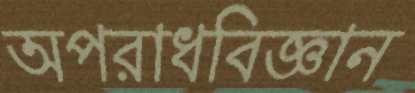
অপরাধবিজ্ঞান